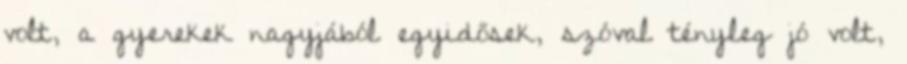
volt, a gyerekek nagyjából egyidősek, szóval tényleg jó volt,